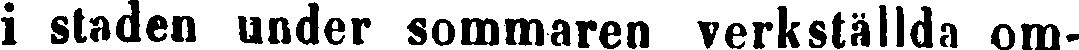
i staden under sommaren verkställda om-